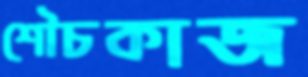
শৌচকাজ